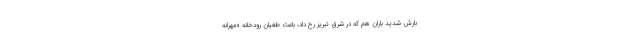
بارش شدید باران هم که در شرق تبریز رخ داد، باعث طغیان رودخانه «مهرانه